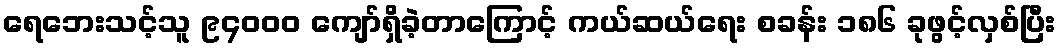
ရေဘေးသင့်သူ ၉၄၀၀၀ ကျော်ရှိခဲ့တာကြောင့် ကယ်ဆယ်ရေး စခန်း ၁၈၆ ခုဖွင့်လှစ်ပြီး